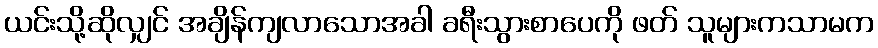
ယင်းသို့ဆိုလျှင် အချိန်ကျလာသောအခါ ခရီးသွားစာပေကို ဖတ် သူများကသာမက